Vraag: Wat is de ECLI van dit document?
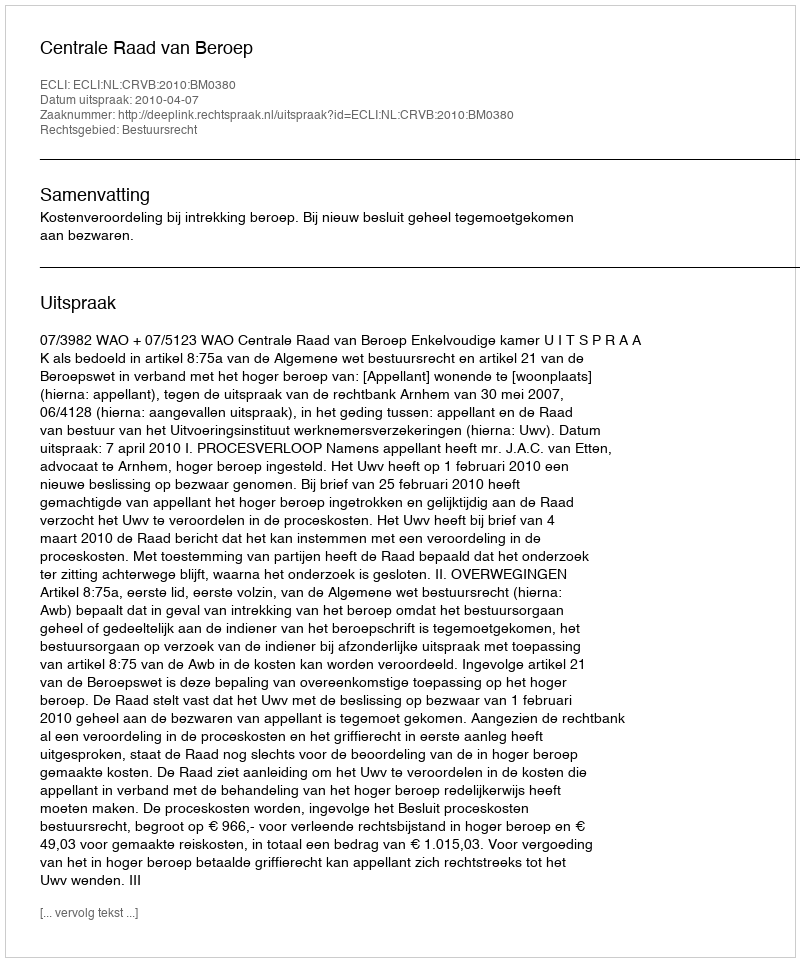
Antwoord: ECLI:NL:CRVB:2010:BM0380